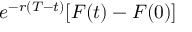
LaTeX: e ^ { - r ( T - t ) } [ F ( t ) - F ( 0 ) ]